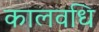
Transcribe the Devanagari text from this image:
कालवधि